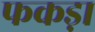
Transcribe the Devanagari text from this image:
फकड़ा